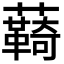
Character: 𮒺